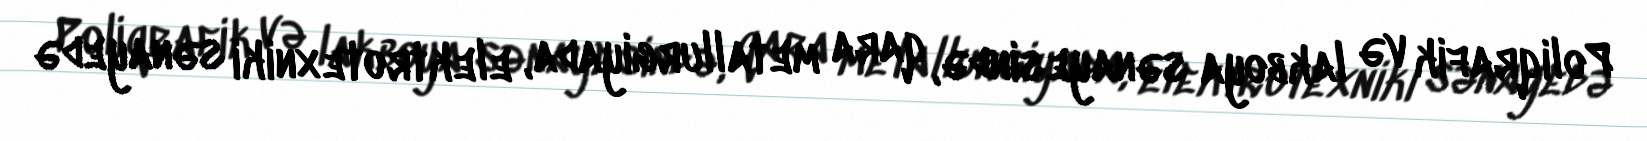
Poliqrafik və lakboya sənayesində, qara metallurgiyada, elektrotexniki sənayedə